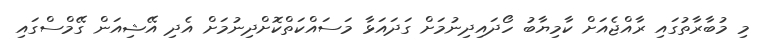
މި މުބާރާތުގައި ރާއްޖެއަށް ކާމިޔާބު ހޯދައިދިނުމަށް ގަދައަޅާ މަސައްކަތްކޮށްދިނުމަށް އެދި އޭޝިއަން ގޭމްސްގައި